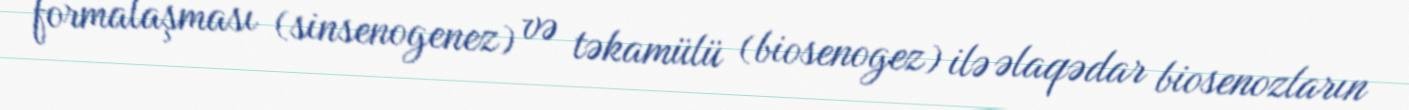
formalaşması (sinsenogenez) və təkamülü (biosenogez) ilə əlaqədar biosenozların